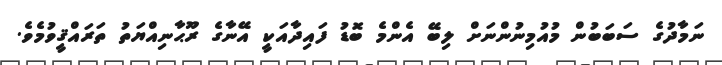
ނަމާދުގެ ސަބަބުން މުއުމިނުންނަށް ލިބޭ އެންމެ ބޮޑު ފައިދާއަކީ އޭނާގެ ރޫޙާނިއްޔަތު ތަރައްޤީވުމެވެ.